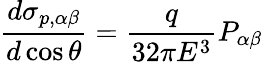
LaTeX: \frac{d\sigma_{p,\alpha\beta}}{d\cos\theta}=\frac{q}{32\pi E^{3}}P_{\alpha\beta}